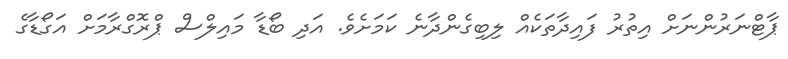
ޕާޓްނަރުންނަށް އިތުރު ފައިދާތަކެއް ލިބިގެންދާނެ ކަމަށެވެ. އަދި ބޯޑާ މައިލްސް ޕްރޮގްރާމަށް އަގޯޑާގެ